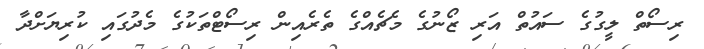
ރިސޯތް ލީގުގެ ސައުތް އަރި ޒޯނުގެ މެޗެއްގެ ތެރެއިން ރިސޯޓްތަކުގެ މެދުގައި ކުރިޔަށްދާ